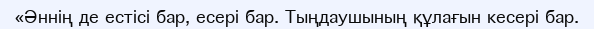
«Әннің де естісі бар, есері бар. Тыңдаушының құлағын кесері бар.